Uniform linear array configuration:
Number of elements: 24
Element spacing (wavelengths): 0.5
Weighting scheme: kaiser
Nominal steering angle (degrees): -45
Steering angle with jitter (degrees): -45.954
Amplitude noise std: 0.05
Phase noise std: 0.05

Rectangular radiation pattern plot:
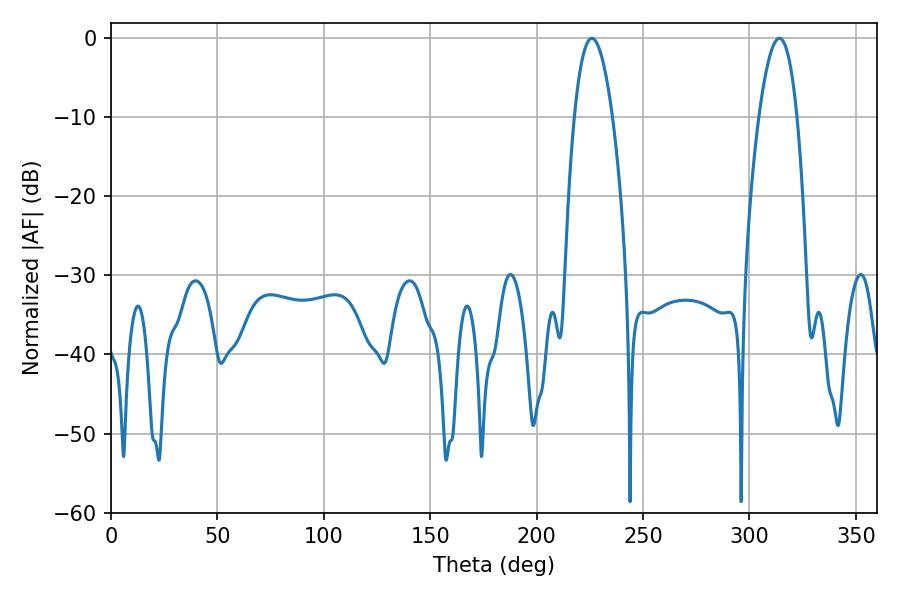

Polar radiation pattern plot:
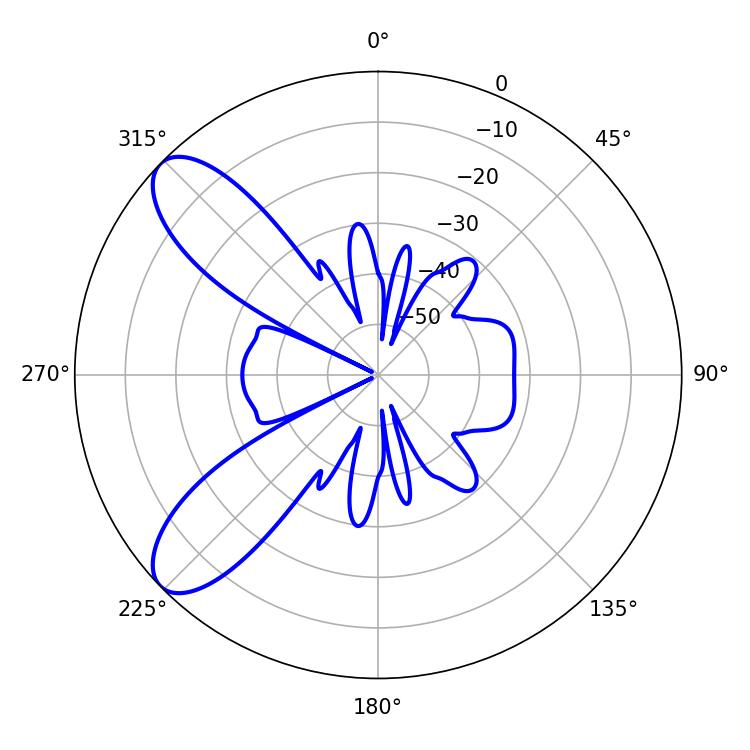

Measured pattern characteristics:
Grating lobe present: FALSE
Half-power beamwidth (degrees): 9.9
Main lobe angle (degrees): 225.9